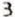
3